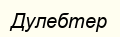
Дулебтер